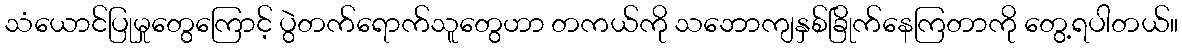
သံယောင်ပြုမှုတွေကြောင့် ပွဲတက်ရောက်သူတွေဟာ တကယ်ကို သဘောကျနှစ်ခြိုက်နေကြတာကို တွေ့ရပါတယ်။